Report of the Municipal Commissioner on the plague in Bombay for the year ending 31st May... - Volume 1
Disease focus: Plague
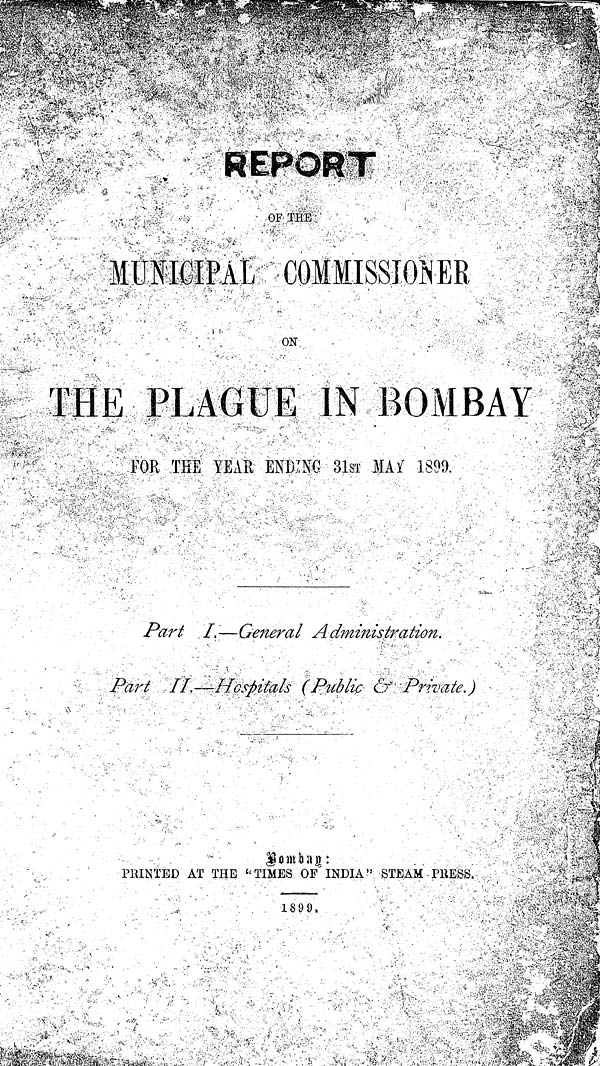
REPORT
OF TEH
MUNICIPAL COMMISSIONER
ON
THE PLAGUE IN BOMBAY
FOR THE TEAK ENDING 31si MA if 1899.
Part I.—General Administration.
Part II.—Hospitals (Public & Private.)
Bombay:
FEINTED AT THE «' TIMES OF INDIA" STEAM -PRESS.
1899,